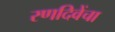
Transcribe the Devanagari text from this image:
रणदिवेंचा